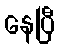
နေပြီ